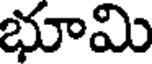
భూమి